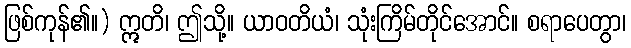
ဖြစ်ကုန်၏။) ဣတိ၊ ဤသို့။ ယာဝတိယံ၊ သုံးကြိမ်တိုင်အောင်။ စရာပေတွာ၊